Statistics of inoculations with Haffkine's anti-plague vaccine 1897-1900
Year: 1897
Disease focus: Plague
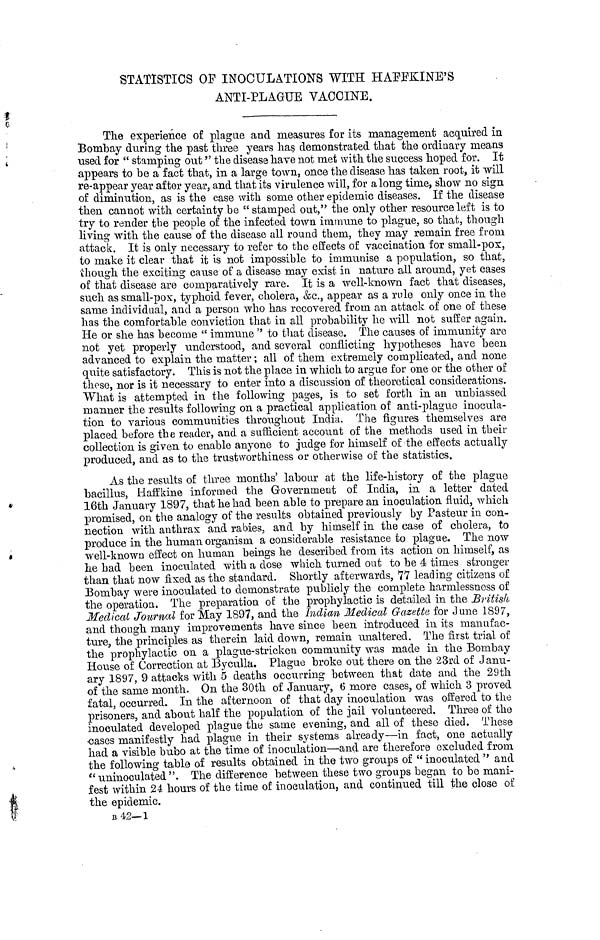
STATISTICS OF INOCULATIONS WITH HAFFKINE'S
ANTI-PLAGUE VACCINE.
The experience of plague and measures for its management acquired in
Bombay during the past three years has demonstrated that the ordinary means
used for " stamping out " the disease have not met with the success hoped for. It
appears to he a fact that, in a large town, once the disease has taken root, it will
re-appear year after year, and that its virulence will, for along time, show no sign
of diminution, as is the case with some other epidemic diseases. If the disease
then cannot with certainty be " stamped out," the only other resource left is to
try to render the people of the infected town immune to plague, so that, though
living with the cause of the disease all round them, they may remain free from
attack. It is only necessary to refer to the effects of vaccination for small-pox,
to make it clear that it is not impossible to immunise a population, so that,
though the exciting cause of a disease may exist in nature all around, yet cases
of that disease are comparatively rare. It is a well-known fact that diseases,
such as small-pox, typhoid fever, cholera, &c., appear as a rule only once in the
same individual, and a person who has recovered from an attack of one of these
has the comfortable conviction that in all probability he will not suffer again.
He or she has become " immune " to that disease. The causes of immunity are
not yet properly understood, and several conflicting hypotheses have been
advanced to explain the matter ; all of them extremely complicated, and none
quite satisfactory. This is not the place in which to argue for one or the other of
these, nor is it necessary to enter into a discussion of theoretical considerations.
What is attempted in the following pages, is to set forth in an unbiassed
manner the results following on a practical application of anti-plaguo inocula-
tion to various communities throughout India. The figures themselves are
placed before the reader, and a sufficient account of the methods used in then-
collection is given to enable anyone to judge for himself of the effects actually
produced, and as to the trustworthiness or otherwise of the statistics.
As the results of three months' labour at the life-history of the plague
bacillus, Haffkine informed the Government of India, in a letter dated
16th January 1897, that he had been able to prepare an inoculation fluid, which
promised, on the analogy of the results obtained previously by Pasteur in con-
nection with anthrax and rabies, and by himself in the case of cholera, to
produce in the human organism a considerable resistance to plague. The now
well-known effect on human beings he described from its action on himself, as
he had been inoculated with a dose which turned out to be a times stronger
than that now fixed as the standard. Shortly afterwards, 77 leading citizens of
Bombay were inoculated to demonstrate publicly the complete harmlessnoss of
the operation. The preparation of the prophylactic is detailed in the British
Medical Journal for May 1897, and the Indian Medical Gazette for June 1897,
and though many improvements have since been introduced in its manufac-
ture, the principles as therein laid down, remain unaltered. The first trial of
the prophylactic on a plague-stricken community was made in the Bombay
House of Correction at Byculla. Plague broke out there on the 23rd of Janu-
ary 1897, 9 attacks with 5 deaths occurring between that date and the 29th
of the same month. On the 30th of January, 6 more cases, of which 3 proved
fatal, occurred. In the afternoon of that day inoculation was offered to the
prisoners, and about half the population of the jail volunteered. Three of the
inoculated developed plague the same evening, and all of these died. These
cases manifestly had plague in their systems already—in fact, one actually
had a visible bubo at the time of inoculation—and are therefore excluded from
the following table of results obtained in the two groups of " inoculated " and
" uninoculated ". The difference between these two groups began to be mani-
fest within 24 hours of the time of inoculation, and continued till the close of
the epidemic.
B 42—1